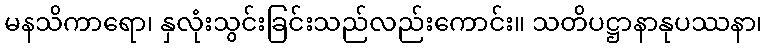
မနသိကာရော၊ နှလုံးသွင်းခြင်းသည်လည်းကောင်း။ သတိပဋ္ဌာနာနုပဿနာ၊